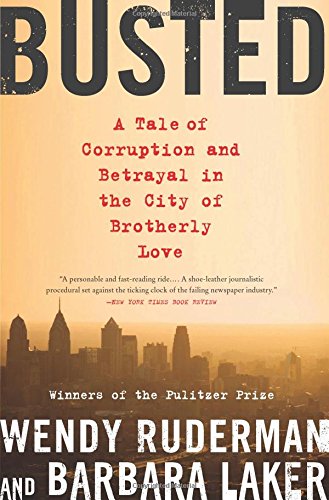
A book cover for Busted: A Tale of Corruption and Betrayal in the City of Brotherly Love; Wendy Ruderman; Biographies & Memoirs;